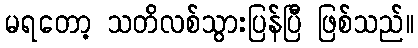
မရတော့ သတိလစ်သွားပြန်ပြီ ဖြစ်သည်။